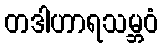
တဒါဟာရသမ္ဘဝံ